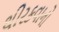
થીરકવાનો